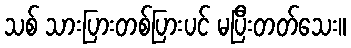
သစ် သားပြားတစ်ပြားပင် မပြီးတတ်သေး။